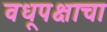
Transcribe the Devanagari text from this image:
वधूपक्षाचा